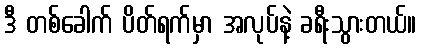
ဒီ တစ်ခေါက် ပိတ်ရက်မှာ အလုပ်နဲ့ ခရီးသွားတယ်။